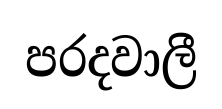
පරදවාලී